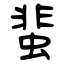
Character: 蜚